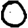
Digit: 0